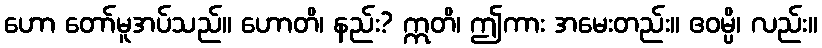
ဟော တော်မူအပ်သည်။ ဟောတိ၊ နည်း? ဣတိ၊ ဤကား အမေးတည်း။ ဧဝမ္ပိ၊ လည်း။